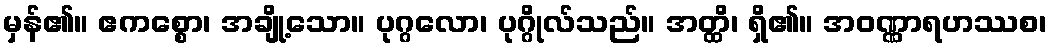
မှန်၏။ ဧကစ္စော၊ အချို့သော။ ပုဂ္ဂလော၊ ပုဂ္ဂိုလ်သည်။ အတ္ထိ၊ ရှိ၏။ အဝဏ္ဏာရဟဿစ၊